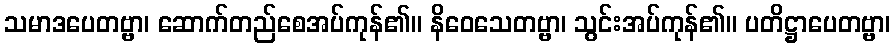
သမာဒပေတဗ္ဗာ၊ ဆောက်တည်စေအပ်ကုန်၏။ နိဝေသေတဗ္ဗာ၊ သွင်းအပ်ကုန်၏။ ပတိဋ္ဌာပေတဗ္ဗာ၊